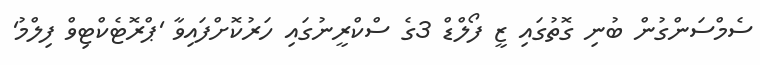
ސެމްސަންގުން ބުނި ގޮތުގައި ޒީ ފޯލްޑް 3ގެ ސްކްރީނުގައި ހަރުކޮށްފައިވާ 'ޕްރޮޓެކްޓިވް ފިލްމު'